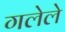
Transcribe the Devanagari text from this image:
गलेले